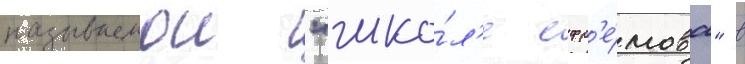
называемои "шко́л'е ефр'е́мова" в